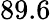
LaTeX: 89.6